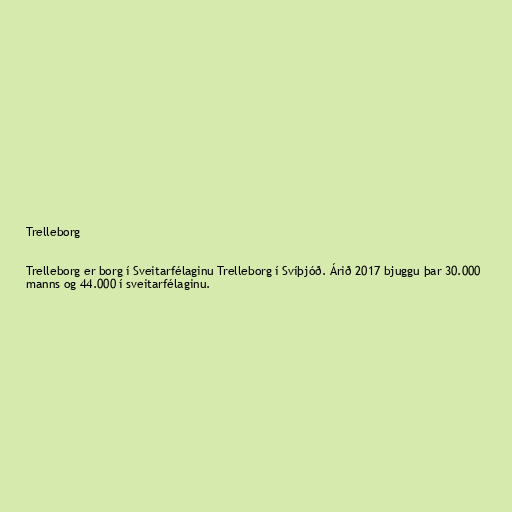
Trelleborg

Trelleborg er borg í Sveitarfélaginu Trelleborg í Svíþjóð. Árið 2017 bjuggu þar 30.000
manns og 44.000 í sveitarfélaginu.